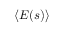
\langle E ( s ) \rangle